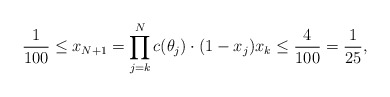
\begin{align*}\frac1{100} \leq x_{N+1} = \prod \limits_{j=k}^{N} c(\theta_j) \cdot (1 - x_j) x_k \leq \frac4{100} = \frac1{25},\end{align*}